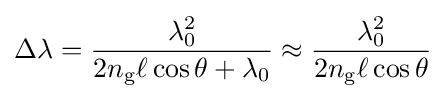
\Delta \lambda ={\frac {\lambda _{0}^{2}}{2n_{\mathrm {g} }\ell \cos \theta +\lambda _{0}}}\approx {\frac {\lambda _{0}^{2}}{2n_{\mathrm {g} }\ell \cos \theta }}